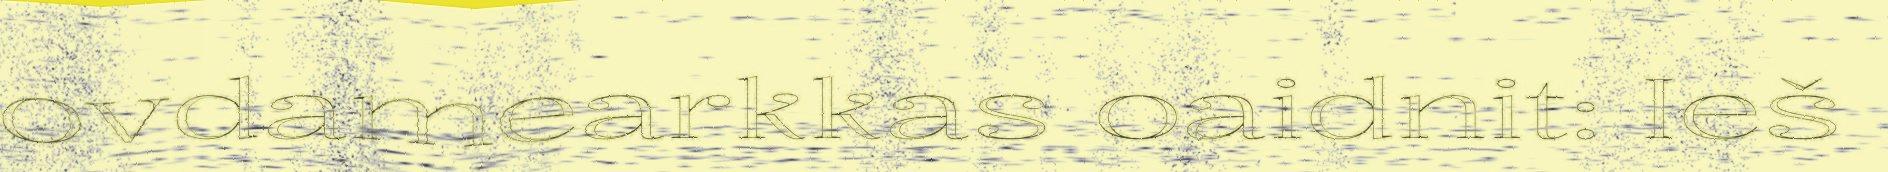
ovdamearkkas oaidnit: Ieš